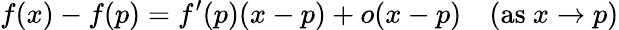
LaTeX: f(x)-f(p)=f^{\prime}(p)(x-p)+o(x-p)\quad({\mathrm{as~}}x\to p)